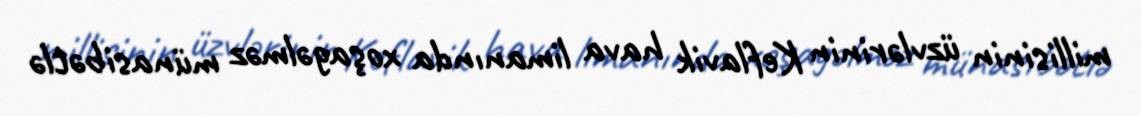
millisinin üzvlərinin Keflavik hava limanında xoşagəlməz münasibətlə